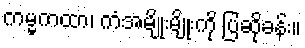
ကမ္မကထာ၊ ကံအမျိုးမျိုးကို ပြဆိုခန်း။